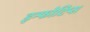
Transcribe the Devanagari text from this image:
इन्फोटिप्स